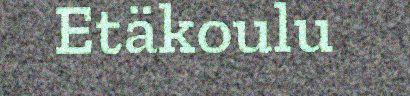
Etäkoulu